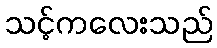
သင့်ကလေးသည်